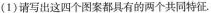
(1)请写出这四个图案都具有的两个共同特征。